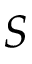
\boldsymbol { S }